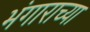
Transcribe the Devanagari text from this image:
भंगाराच्या